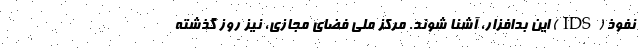
نفوذ (IDS) این بدافزار، آشنا شوند. مرکز ملی فضای مجازی، نیز روز گذشته